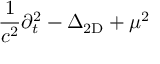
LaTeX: { \frac { 1 } { c ^ { 2 } } } \partial _ { t } ^ { 2 } - \Delta _ { \mathrm { 2 D } } + \mu ^ { 2 }